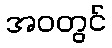
အဝတွင်